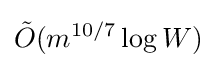
{\tilde {O}}(m^{10/7}\log W)